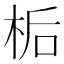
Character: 𪲉